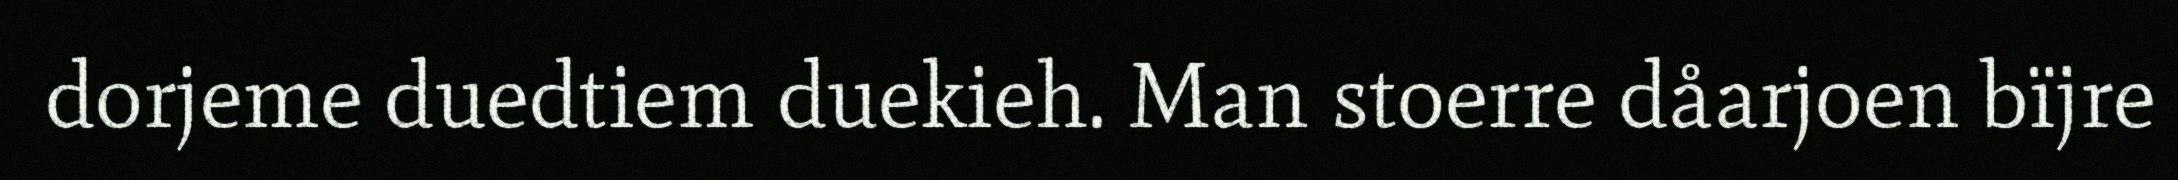
dorjeme duedtiem duekieh. Man stoerre dåarjoen bïjre